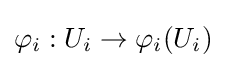
\varphi _{i}:U_{i}\to \varphi _{i}(U_{i})